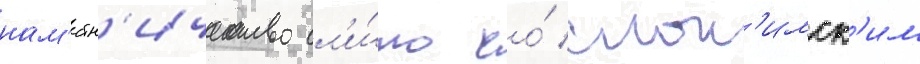
нам'естн'ичество сл'и́то со́ слон'имск'им